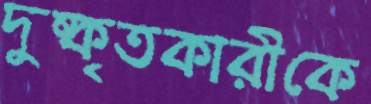
দুষ্কৃতকারীকে